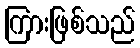
ကြားဖြစ်သည်